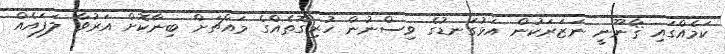
ކަމެއްގައި ޤާނޫނީ ނަޒަރަކުން އަޅުގަނޑުގެ ވިސްނުން ހުރިގޮތެއްގެ މައްޗަށް ބިނާކޮށް އަރުވާ ލަފައެއް